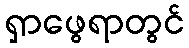
ရှာဖွေရာတွင်